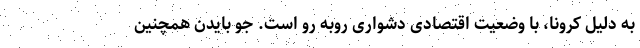
به دلیل کرونا، با وضعیت اقتصادی دشواری روبه رو است. جو بایدن همچنین